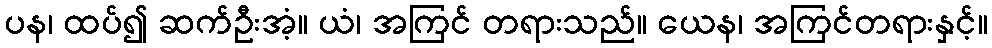
ပန၊ ထပ်၍ ဆက်ဦးအံ့။ ယံ၊ အကြင် တရားသည်။ ယေန၊ အကြင်တရားနှင့်။